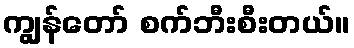
ကျွန်တော် စက်ဘီးစီးတယ်။